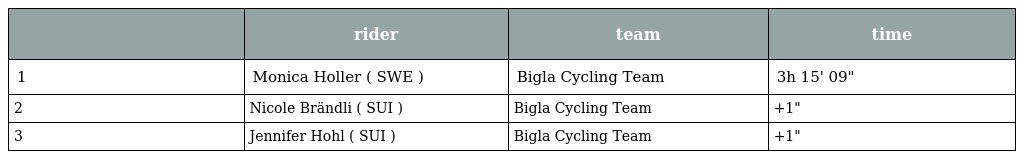
|  | rider | team | time |
 | --- | --- | --- | --- |
 | 1 | Monica Holler ( SWE ) | Bigla Cycling Team | 3h 15' 09" |
 | 2 | Nicole Brändli ( SUI ) | Bigla Cycling Team | +1" |
 | 3 | Jennifer Hohl ( SUI ) | Bigla Cycling Team | +1" |